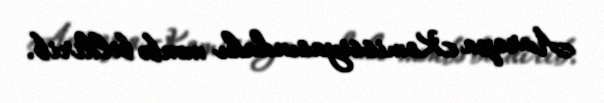
Avropa Komissiyasındakı mənbə bildirib.